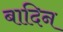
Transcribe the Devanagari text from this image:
बादिन